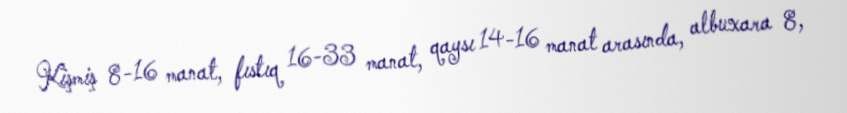
Kişmiş 8-16 manat, fıstıq 16-33 manat, qaysı 14-16 manat arasında, albuxara 8,